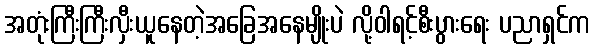
အတုံးကြီးကြီးလှီးယူနေတဲ့အခြေအနေမျိုးပဲ လို့ဝါရင့်စီးပွားရေး ပညာရှင်က